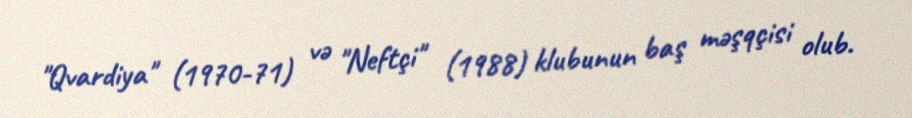
"Qvardiya" (1970-71) və "Neftçi" (1988) klubunun baş məşqçisi olub.